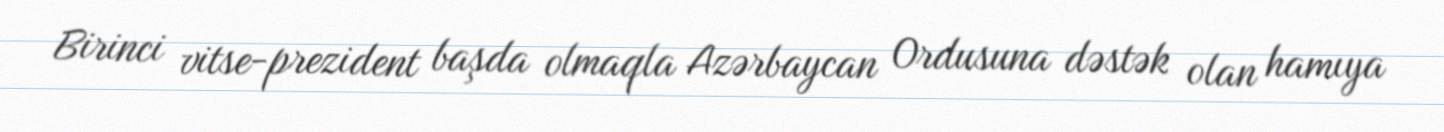
Birinci vitse-prezident başda olmaqla Azərbaycan Ordusuna dəstək olan hamıya